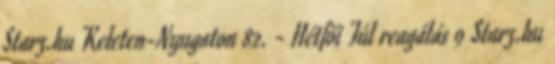
Starz.hu Keleten-Nyugaton 82. - Hétfői Túl reagálás 9 Starz.hu